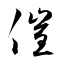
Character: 催